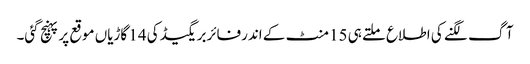
آگ لگنے کی اطلاع ملتے ہی 15 منٹ کے اندرفائربریگیڈ کی 14 گاڑیاں موقع پرپہنچ گئی۔